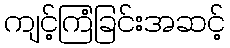
ကျင့်ကြံခြင်းအဆင့်